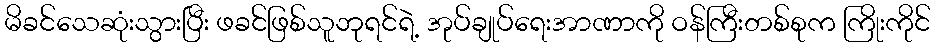
မိခင်သေဆုံးသွားပြီး ဖခင်ဖြစ်သူဘုရင်ရဲ့ အုပ်ချုပ်ရေးအာဏာကို ဝန်ကြီးတစ်စုက ကြိုးကိုင်